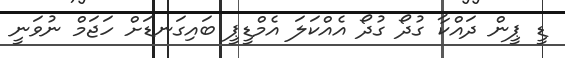
ޑީ ޕީން ދައްކާ ގުދޯ ގުދޯ އެއްކަލަ އެމްޑީޕީ ބައިގަނޑަށް ހަޖަމް ނުވަނީ